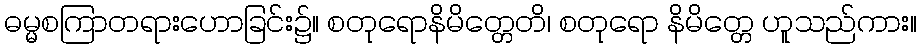
ဓမ္မစကြာတရားဟောခြင်း၌။ စတုရောနိမိတ္တေတိ၊ စတုရော နိမိတ္တေ ဟူသည်ကား။